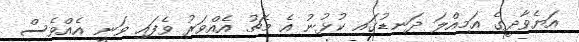
އަޔެވާދީގެ އަމިއްލަ ދަނޑުގައި ކުޅުނު އެ މެޗު އެއްވަރު ވެފައި ވަނީ އެެއްވެސް